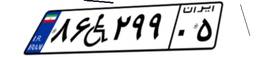
۱۱W۰۶۷۳۰